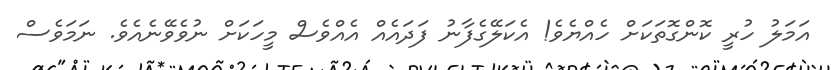
އަމަލު ހުރީ ކޮންގޮތަކަށް ހެއްޔެވެ! އެކަލޭގެފާނު ފަދައެއް އެއްވެސް މީހަކަށް ނުވެވޭނެއެވެ. ނަމަވެސް